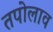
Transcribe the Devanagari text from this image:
तपोलाव